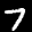
Label: 7